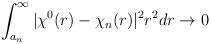
LaTeX: \begin{align*}\int_{a_n}^\infty |\chi^0(r)-\chi_n(r)|^2 r^2dr \rightarrow 0\end{align*}